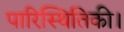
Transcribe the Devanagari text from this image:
पारिस्थितिकी।